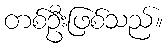
တစ်ဦးဖြစ်သည်။